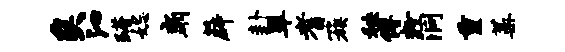
矣沁躇妃扇薜卦翠耆簇秧傅粉洞重蒿